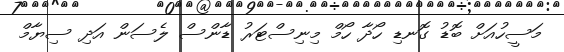
މަސީހުއަށް ބޮޑު ގޮނޑި ހޯދާ ހޯމް މިނިސްޓަރު ޑާންސް ލެސަން އަދި ސިޔާމް